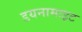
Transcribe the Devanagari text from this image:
डयनामाइट